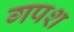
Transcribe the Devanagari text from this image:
गपश